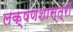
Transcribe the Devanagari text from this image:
लक्षणशास्त्रों